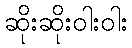
ဆိုးဆိုးဝါးဝါး